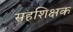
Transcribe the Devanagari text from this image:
सहशिक्षक